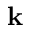
\mathbf { k }